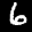
Label: 6